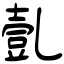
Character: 亄